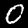
Digit: 0